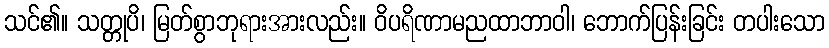
သင်၏။ သတ္တုပိ၊ မြတ်စွာဘုရားအားလည်း။ ဝိပရိဏာမညထာဘာဝါ၊ ဘောက်ပြန်းခြင်း တပါးသော